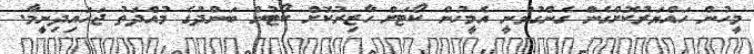
މީހުން ހައްޔަރުކޮށްގެން ގެންގުޅުނީ އެމީހުން ކޯޓަށް ހާޒިރުކޮށް ކޯޓުން ބަންދުގެ މުއްދަތު ޖަހައިދިނީމާ.